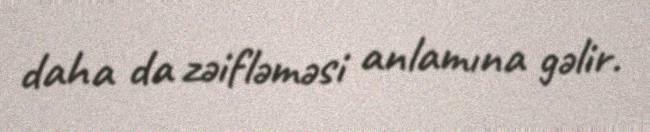
daha da zəifləməsi anlamına gəlir.